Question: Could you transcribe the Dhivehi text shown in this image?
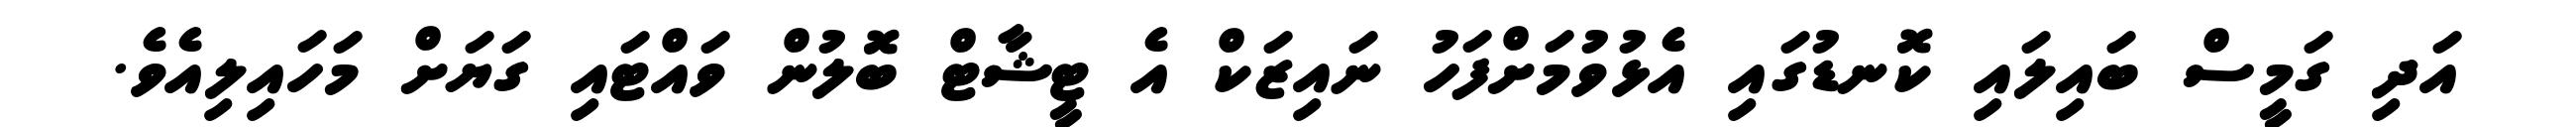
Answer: އަދި ގަމީސް ބައިލައި ކޮނޑުގައި އެޅުވުމަށްފަހު ނައިޒަކް އެ ޓީޝާޓް ބޮލުން ވައްޓައި ގަޔަށް މަހައިލިއެވެ.